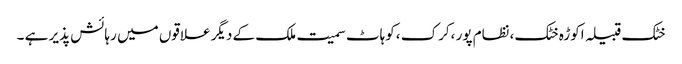
خٹک قبیلہ اکوڑہ خٹک ،نظام پور ،کرک ،کوہاٹ سمیت ملک کے دیگر علاقوں میں رہائش پذیر ہے ۔